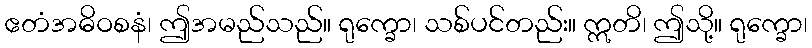
ဧတံအဓိဝစနံ၊ ဤအမည်သည်။ ရုက္ခော၊ သစ်ပင်တည်း။ ဣတိ၊ ဤသို့။ ရုက္ခော၊